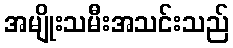
အမျိုးသမီးအသင်းသည်